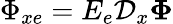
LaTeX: \Phi_{xe}=E_{e}\mathcal{D}_{x}\boldsymbol{\Phi}